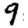
Digit: 9